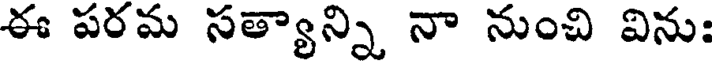
ఈ పరమ సత్యాన్ని నా నుంచి విను: